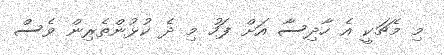
މި މެޗަކީ އެ ހާދިސާ އަށް ފަހު މި ދެ ކުޅުންތެރިން ވެސް